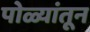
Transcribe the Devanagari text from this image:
पोळ्यांतून